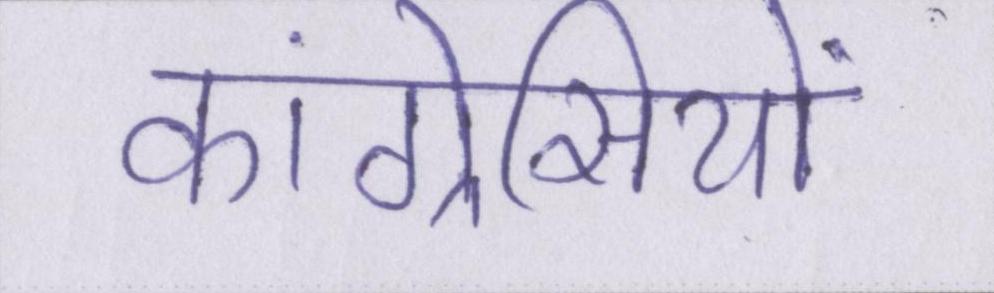
कांग्रेसियों